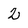
Character: 2